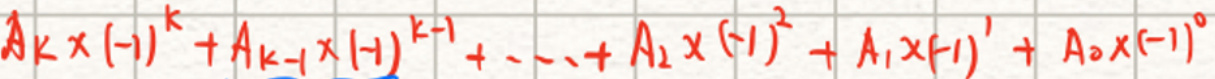
\[ A_{k} \times (-1)^{k} + A_{k - 1} \times (-1)^{k - 1} + \cdots + A_{2} \times (-1)^{2} + A_{1} \times (-1)^{1} + A_{0} \times (-1)^{0} \]